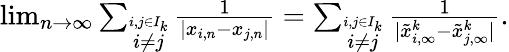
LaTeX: \begin{array}{r}{\operatorname*{lim}_{n\to\infty}\sum_{\stackrel{i,j\in I_{k}}{i\not=j}}{\frac{1}{|x_{i,n}-x_{j,n}|}}=\sum_{\stackrel{i,j\in I_{k}}{i\not=j}}{\frac{1}{|\tilde{x}_{i,\infty}^{k}-\tilde{x}_{j,\infty}^{k}|}}.}\end{array}